Insane asylums Bombay 1873-77 - 1873-1877
Year: 1873
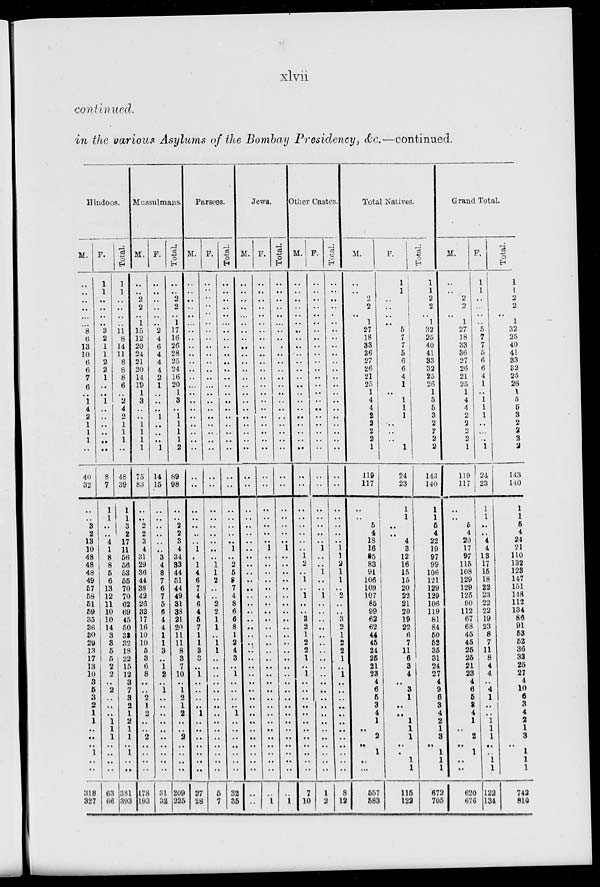
xlvii
continued.
in the various Asylums of the Bombay Presidency, &c.—continued.
Hindoos.
M.
..
..
..
..
..
..
8
6
13
10
6
6
7
6
..
1
4
2
1
1
1
..
40
32
..
..
3
2
13
10
48
48
48
49
57
58
51
59
35
36
30
29
13
17
13
10
3
5
3
2
1
1
..
..
..
1
..
..
318
327
F.
1
1
..
..
..
..
3
2
1
1
2
2
1
..
..
1
..
..
..
..
..
..
8
7
1
1
..
..
4
1
8
8
5
6
13
12
11
10
10
14
3
3
5
5
2
2
..
2
..
..
..
1
1
1
..
..
..
..
63
66
Total.
1
1
..
..
..
..
11
8
14
11
8
8
8
6
..
2
4
2
1
1
1
..
48
39
1
1
3
2
17
11
56
56
53
55
70
70
62
69
45
50
33
32
18
22
15
12
3
7
3
2
1
2
1
1
..
1
..
..
381
393
Mussulmans.
M.
..
..
2
2
.. 1
15
12
20
24
21
20
14
19
1
3
..
..
1
1
1
1
75
83
..
..
2
2
3
4
31
29
36
44
38
42
26
32
17
16
10
10
5
3
6
8
..
..
2
1
2
..
..
2
..
..
..
..
178
193
F.
..
..
..
..
.. ..
2
4
6
4
4
4
2
1
..
..
..
1
..
..
..
1
14
15
..
..
..
..
..
..
3
4
8
7
6
7
5
6
4
4
1
1
3
..
1
2
..
1
..
..
..
..
..
..
..
..
..
..
31
32
Total.
..
..
2
2
.. 1
17
16
26
28
25
24
16
20
1
3
..
1
1
1
1
2
89
98
..
..
2
2
3
4
34
33
44
51
44
49
31
38
21
20
11
11
8
3
7
10
..
1
2
1
2
..
..
2
..
..
..
..
209
225
Parsees.
M.
..
..
..
..
..
..
..
..
..
..
..
..
..
..
..
..
..
..
..
..
..
..
..
..
..
..
..
..
..
1
..
1
4
6
7
4
6
4
5
7
1
1
3
3
..
1
..
..
..
..
1
..
..
..
..
..
..
..
27
28
F.
..
..
..
..
..
..
..
..
..
..
..
..
..
..
..
..
..
..
..
..
..
..
..
..
..
..
..
..
..
..
..
1
1
2
..
..
2
2
1
1
..
1
1
..
..
..
..
..
..
..
..
..
..
..
..
..
..
..
5
7
Total.
..
..
..
..
..
..
..
..
..
..
..
..
..
..
..
..
..
..
..
..
..
..
..
..
..
..
..
..
..
1
..
2
5
8
7
4
8
6
6
8
1
2
4
3
..
1
..
..
..
..
1
..
..
..
..
..
..
..
32
35
Jews.
M.
..
..
..
..
..
..
..
..
..
..
..
..
..
..
..
..
..
..
..
..
..
..
..
..
..
..
..
..
..
..
..
..
..
..
..
..
..
..
..
..
..
..
..
..
..
..
..
..
..
..
..
..
..
..
..
..
..
..
..
..
F.
..
..
..
..
..
..
..
..
..
..
..
..
..
..
..
..
..
..
..
..
..
..
..
..
..
..
..
..
..
1
..
..
..
..
..
..
..
..
..
..
..
..
..
..
..
..
..
..
..
..
..
..
..
..
..
..
..
..
..
1
Total.
..
..
..
..
..
..
..
..
..
..
..
..
..
..
..
..
..
..
..
..
..
..
..
..
..
..
..
..
..
1
..
..
..
..
..
..
..
..
..
..
..
..
..
..
..
..
..
..
..
..
..
..
..
..
..
..
..
..
..
1
Other Castes.
M.
..
..
..
..
..
..
..
..
..
..
..
..
..
..
..
..
..
..
..
..
..
..
..
..
..
..
..
..
..
..
1
2
..
1
..
1
..
..
3
2
1
2
2
1
..
1
..
..
..
..
..
..
..
..
..
..
..
..
7
10
F.
..
..
..
..
..
..
..
..
..
..
..
..
..
..
..
..
..
..
..
..
..
..
..
..
..
..
..
..
..
1
..
..
1
..
..
1
..
..
..
..
..
..
..
..
..
..
..
..
..
..
..
..
..
..
..
..
..
..
1
2
Total.
..
..
..
..
..
..
..
..
..
..
..
..
..
..
..
..
..
..
..
..
..
..
..
..
..
..
..
..
..
1
1
2
1
1
..
2
..
..
3
2
1
2
2
1
..
1
..
..
..
..
..
..
..
..
..
..
..
..
8
12
Total Natives.
M.
..
..
2
2
.. 1
27
18
33
36
27
26
21
25
1
4
4
2
2
2
2
1
119
117
..
..
5
4
18
16
85
83
91
106
109
107
85
99
62
62
44
45
24
25
21
23
4
6
5
3
4
1
..
2
..
1
..
..
557
583
F.
1
1
..
..
.. ..
5
7
7
5
6
6
4
1
..
1
1
1
..
..
..
1
24
23
1
1
..
..
4
3
12
16
15
15
20
22
21
20
19
22
6
7
11
6
3
4
..
3
1
..
..
1
1
1
..
..
1
1
115
122
Total.
1
1
2
2
.. 1
32
25
40
41
33
32
25
26
1
5
5
3
2
2
2
2
143
140
1
1
5
4
22
19
97
99
106
121
129
129
106
119
81
84
50
52
35
31
24
27
4
9
6
3
4
2
1
3
..
1
1
1
672
705
Grand Total.
M.
..
..
2
2
..
1
27
18
33
36
27
26
21
25
1
4
4
2
2
2
2
1
119
117
..
..
5
4
20
17
97
115
108
129
129
125
90
112
67
68
45
45
25
25
21
23
4
6
5
3
4
1
..
2
..
1
..
..
620
676
F.
1
1
..
..
..
..
5
7
7
5
6
6
4
1
..
1
1
1
..
..
..
1
24
23
1
1
..
..
4
4
13
17
15
18
22
23
22
22
19
23
8
7
11
8
4
4
..
4
1
..
..
1
1
1
..
..
1
1
122
134
Total.
1
1
2
2
.. 1
32
25
40
41
33
32
25
26
1
5
5
3
2
2
2
2
143
140
1
1
5
4
24
21
110
132
123
147
151
148
112
134
86
91
53
52
36
33
25
27
4
10
6
3
4
2
1
3
..
1
1
1
742
810